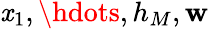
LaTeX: \mathit{x}_{1},\hdots,h_{M},\mathbf{{w}}